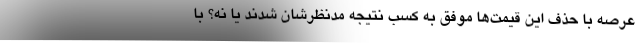
عرصه با حذف این قیمت‌ها موفق به کسب نتیجه مدنظرشان شدند یا نه؟ با